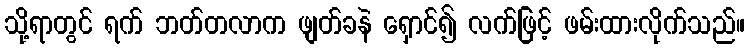
သို့ရာတွင် ရက် ဘတ်တလာက ဖျတ်ခနဲ ရှောင်၍ လက်ဖြင့် ဖမ်းထားလိုက်သည်။